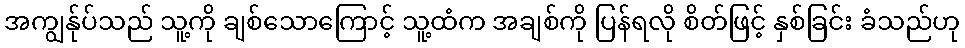
အကျွန်ုပ်သည် သူ့ကို ချစ်သောကြောင့် သူ့ထံက အချစ်ကို ပြန်ရလို စိတ်ဖြင့် နှစ်ခြင်း ခံသည်ဟု